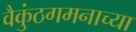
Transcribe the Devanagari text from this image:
वैकुंठगमनाच्या